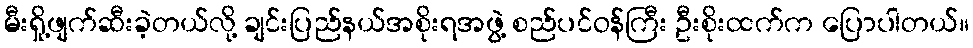
မီးရှို့ဖျက်ဆီးခဲ့တယ်လို့ ချင်းပြည်နယ်အစိုးရအဖွဲ့ စည်ပင်ဝန်ကြီး ဦးစိုးထက်က ပြောပါတယ်။